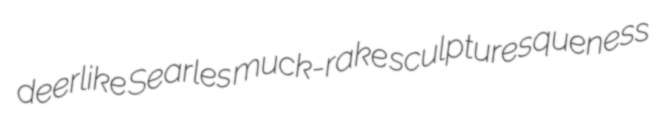
deerlike Searles muck-rake sculpturesqueness